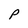
Character: P